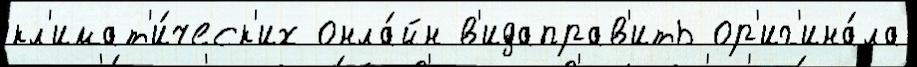
кл'имат'и́ческ'их онла́йн в'идаправ'ить ор'иг'ина́ла